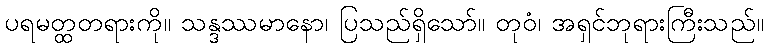
ပရမတ္ထတရားကို။ သန္ဒဿမာနော၊ ပြသည်ရှိသော်။ တုဝံ၊ အရှင်ဘုရားကြီးသည်။